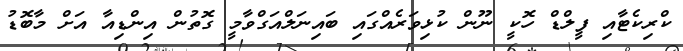
ކްރިކެޓާއި ފީލްޑް ހޮކީ ނޫން ކުޅިވަރެއްގައި ބައިނަލްއަގްވާމީ ގޮތުން އިންޑިއާ އަށް މާބޮޑު